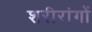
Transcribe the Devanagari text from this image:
शरीरांगों